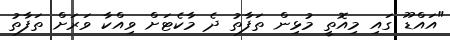
"އައްޑޫ ގައި މިއޮތީ މުޅިން ތަފާތު ދެ މާކެޓަށް ވިއްކާ ވަރަށް ތަފާތު